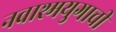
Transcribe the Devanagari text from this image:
नवाश्मयुगाची